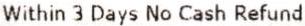
WITHIN 3 DAYS NO CASH REFUND